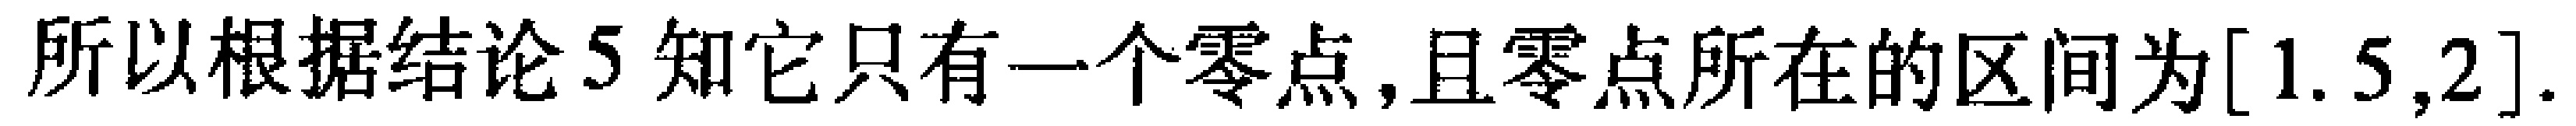
所以根据结论5知它只有一个零点,且零点所在的区间为$[1.5,2]$.